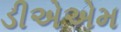
ડીએએમ